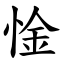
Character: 惍